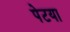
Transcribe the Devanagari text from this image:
पेटया